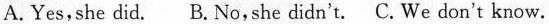
A.Yes,she did. B. No,she didn't. C. We don't know.